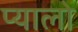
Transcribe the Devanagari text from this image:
प्यालो